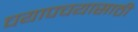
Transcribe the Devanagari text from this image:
चयापचयासाठी